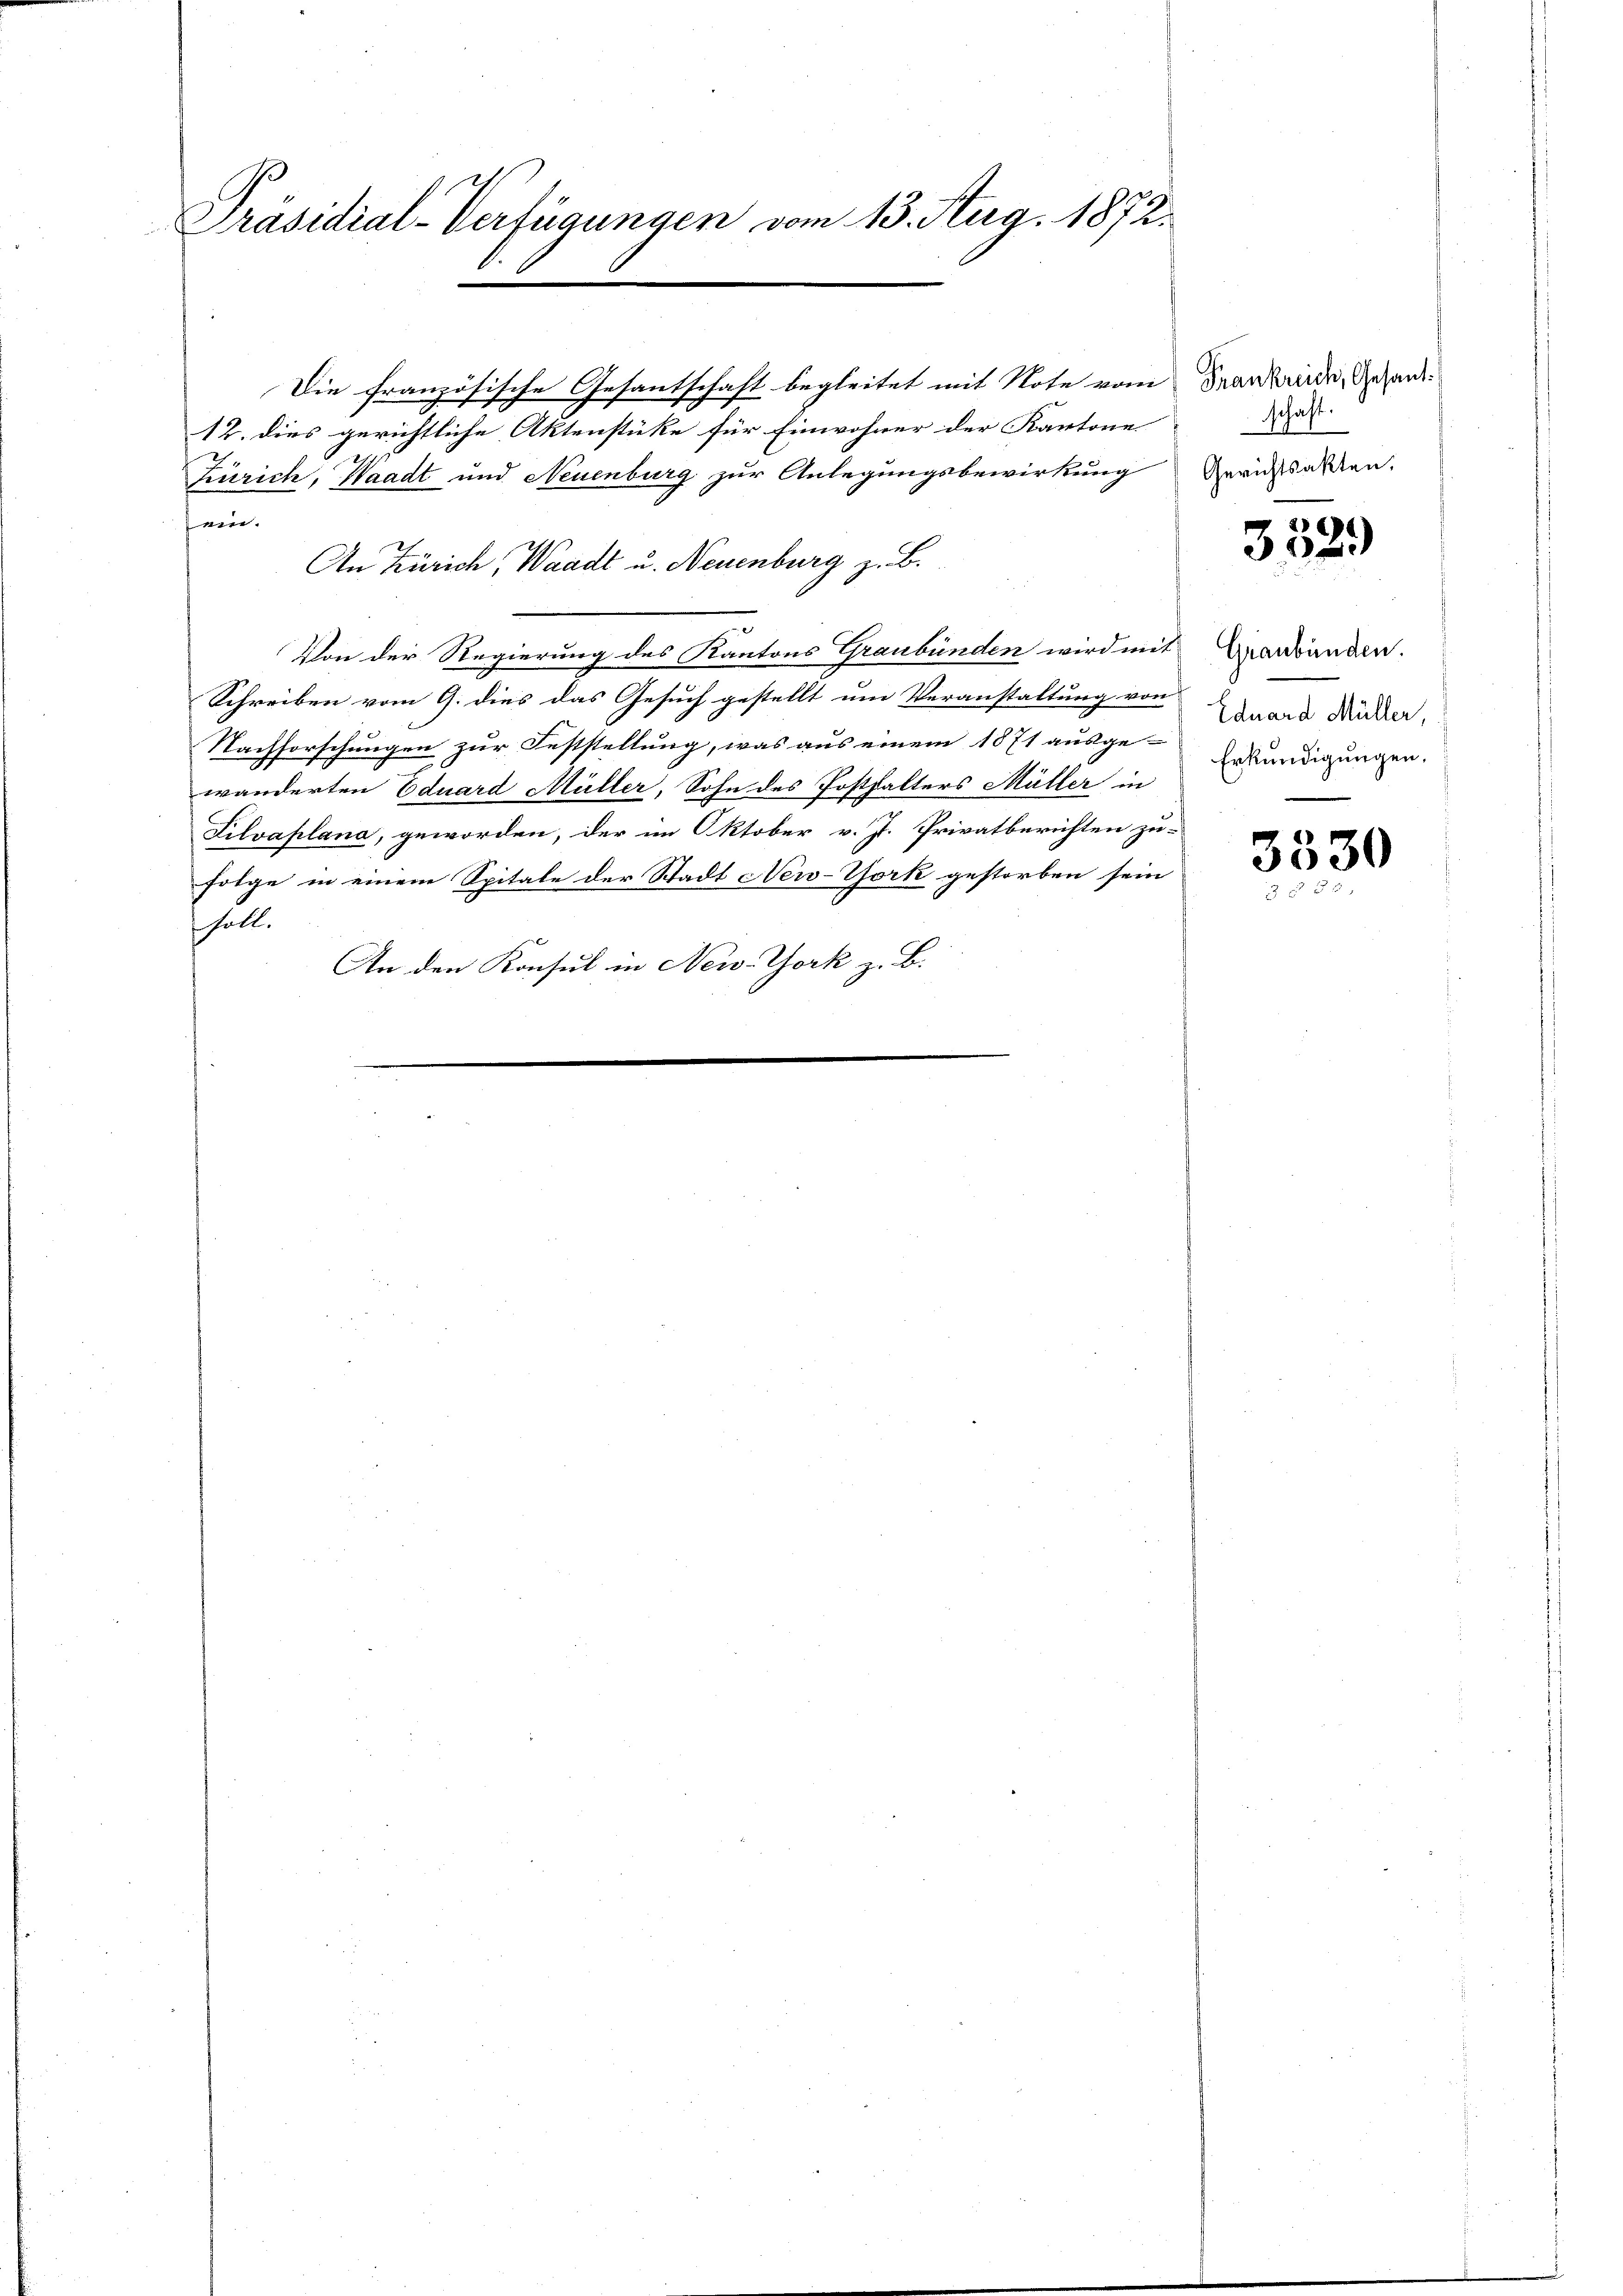
Präsidial-Verfügungen vom 13. Aug. 1872.

Die französische Gesantschaft begleitet mit Note vom Verkende Gesand¬
12. dies gerichtliche Aktenstüke für Einwohner der Kantone
Zürich, Waadt und Neuenburg zur Anlegungsbewirkung
ein.
An Zürich, Waadt u. Neuenburg z. B.
Von der Regierung des Kantons Graubünden wird mit Graubünden.
Schreiben vom 9. dies das Gesuch gestellt um Veranstaltung von ward Rücker,
Nachforschungen zur Feststellung, was aus einem 1871 ausge-
wänderten Eduard Müller, Sohn des Posthalters Müller in
Silvaplana, geworden, der im Oktober v. J. Privatberichten zu-
folge in einem Spitale der Stadt New-York gestorben sein
holl.
An den Konsul in New-York z. B.

schaft.
Gerichtsakten.

352.

Erkundigungen.

3330